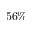
5 6 \%